Civil Veterinary Department Bihar & Orissa reports 1922-29 - 1922-1929
Year: 1922
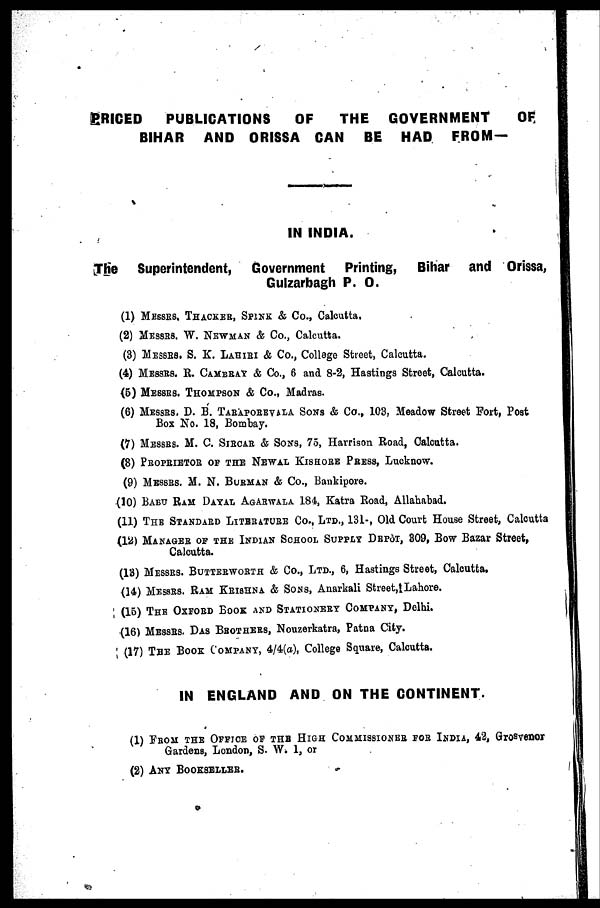
PRICED
PUBLICATIONS
OF
THE GOVERNMENT
OF,
BIHAR AND ORISSA CAN BE HAD FROM—
IN INDIA.
The Superintendent, Government Printing, Bihar and Orissa,
Gulzarbagh P. O.
(1) MESSRS. THACKER, SPINK & Co., Calcutta.
(2) MESSRS. W. NEWMAN & Co., Calcutta.
(3) MESSRS. S. K. Lahiri & Co., College Street, Calcutta.
(4) MESSRS. R. CAMBRAY & Co., 6 and 8-2, Hastings Street, Calcutta.
(6) MESSRS. THOMPSON & Co., Madras.
(6) Messes. D. B. TARAPORRVALA SONS & Co., 103, Meadow Street Fort, Post
Box No. 18, Bombay.
(7) MESSRS. M. C. SIRCAR & SONS, 75, Harrison Road, Calcutta.
(8) PROPRIETOR OF THE NEWAL KISHORE PRESS, Lucknow.
(9) MESSRS. M. N. BURMAN & Co., Bankipore.
(10) BABU RAM DAYAL AGARWALA 184, Katra Road, Allahabad.
(11) THE STANDARD LITERATURE Co., Ltd., 131-, Old Court House Street, Calcutta
(12) MANAGER OF THE INDIAN SCHOOL SUPPLY DEPOT, 309, Bow Bazar Street,
Calcutta.
(13) MESSRS. BUTTERWORTH & Co., Ltd., 6, Hastings Street, Calcutta.
(14) MESSRS. RAM KRISHNA & SONS, Anarkali Street, Lahore.
(16) THE OXFORD BOOK AND STATIONERY COMPANY, Delhi.
(16) MESSRS DAS BROTHERS, Nouzerkatra, Patna City.
(17) THE BOOK COMPANY, 4/4(a), College Square, Calcutta.
IN ENGLAND AND ON THE CONTINENT.
(1) FROM THE OFFICE OF THE HIGH COMMISSIONER FOR INDIA, 42, Grosvenor
Gardens, London, S. W. l, or
(2) ANY BOOKSELLER.